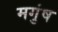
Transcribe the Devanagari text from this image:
मगुंष